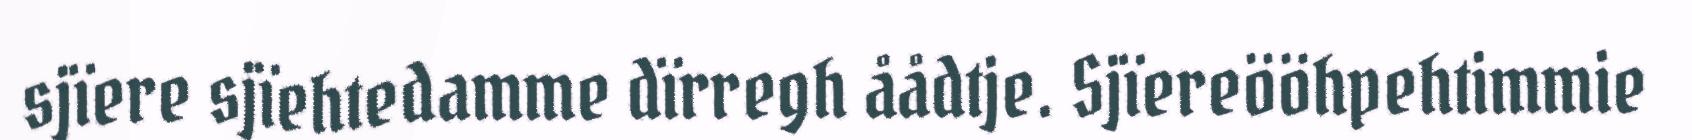
sjïere sjïehtedamme dïrregh åådtje. Sjïereööhpehtimmie